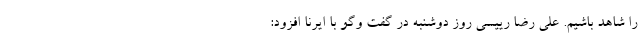
را شاهد باشیم. علی رضا رییسی روز دوشنبه در گفت ‌وگو با ایرنا افزود: